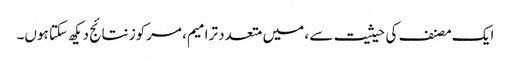
ایک مصنف کی حیثیت سے ، میں متعدد ترامیم ، مرکوز نتائج دیکھ سکتا ہوں۔